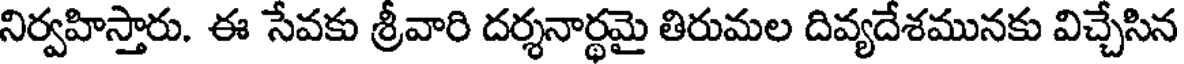
నిర్వహిస్తారు. ఈ సేవకు శ్రీవారి దర్శనార్థమై తిరుమల దివ్యదేశమునకు విచ్చేసిన